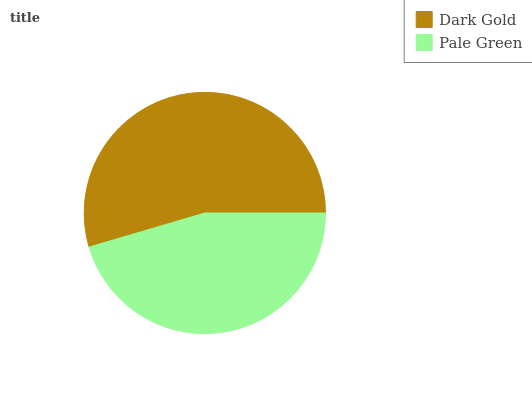
| Dark Gold | Pale Green |
 | --- | --- |
 | 54.5% | 45.5% |